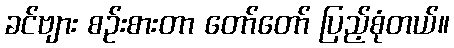
ခင်ဗျား စဉ်းစားတာ တော်တော် ပြည့်စုံတယ်။